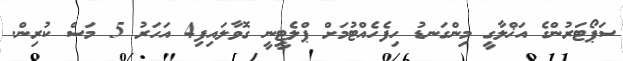
ސަޕޯޓަރުންގެ އަޚްލާގީ މިންގަނޑު ހިފެހެއްޓުމަށް ޕްލެޓީނީ ގޮވާލައިފި4 އަހަރު 5 މަސް ކުރިން.